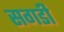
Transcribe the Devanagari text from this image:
सगडी